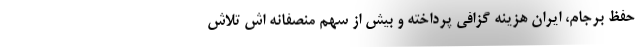
حفظ برجام، ایران هزینه گزافی پرداخته و بیش از سهم منصفانه اش تلاش